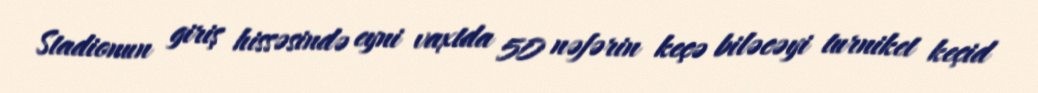
Stadionun giriş hissəsində eyni vaxtda 50 nəfərin keçə biləcəyi turniket keçid